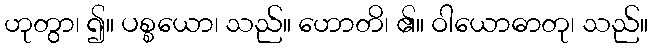
ဟုတွာ၊ ၍။ ပစ္စယော၊ သည်။ ဟောတိ၊ ၏။ ဝါယောဓာတု၊ သည်။